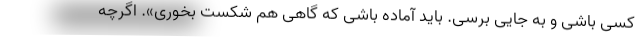
کسی باشی و به جایی برسی. باید آماده باشی که گاهی هم شکست بخوری». اگرچه